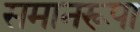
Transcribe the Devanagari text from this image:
समानरूपा